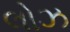
લોઝ